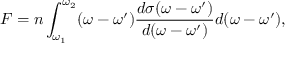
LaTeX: F = n \int _ { \omega _ { 1 } } ^ { \omega _ { 2 } } ( \omega - \omega ^ { \prime } ) \frac { d \sigma ( \omega - \omega ^ { \prime } ) } { d ( \omega - \omega ^ { \prime } ) } d ( \omega - \omega ^ { \prime } ) ,